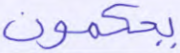
يحكمون